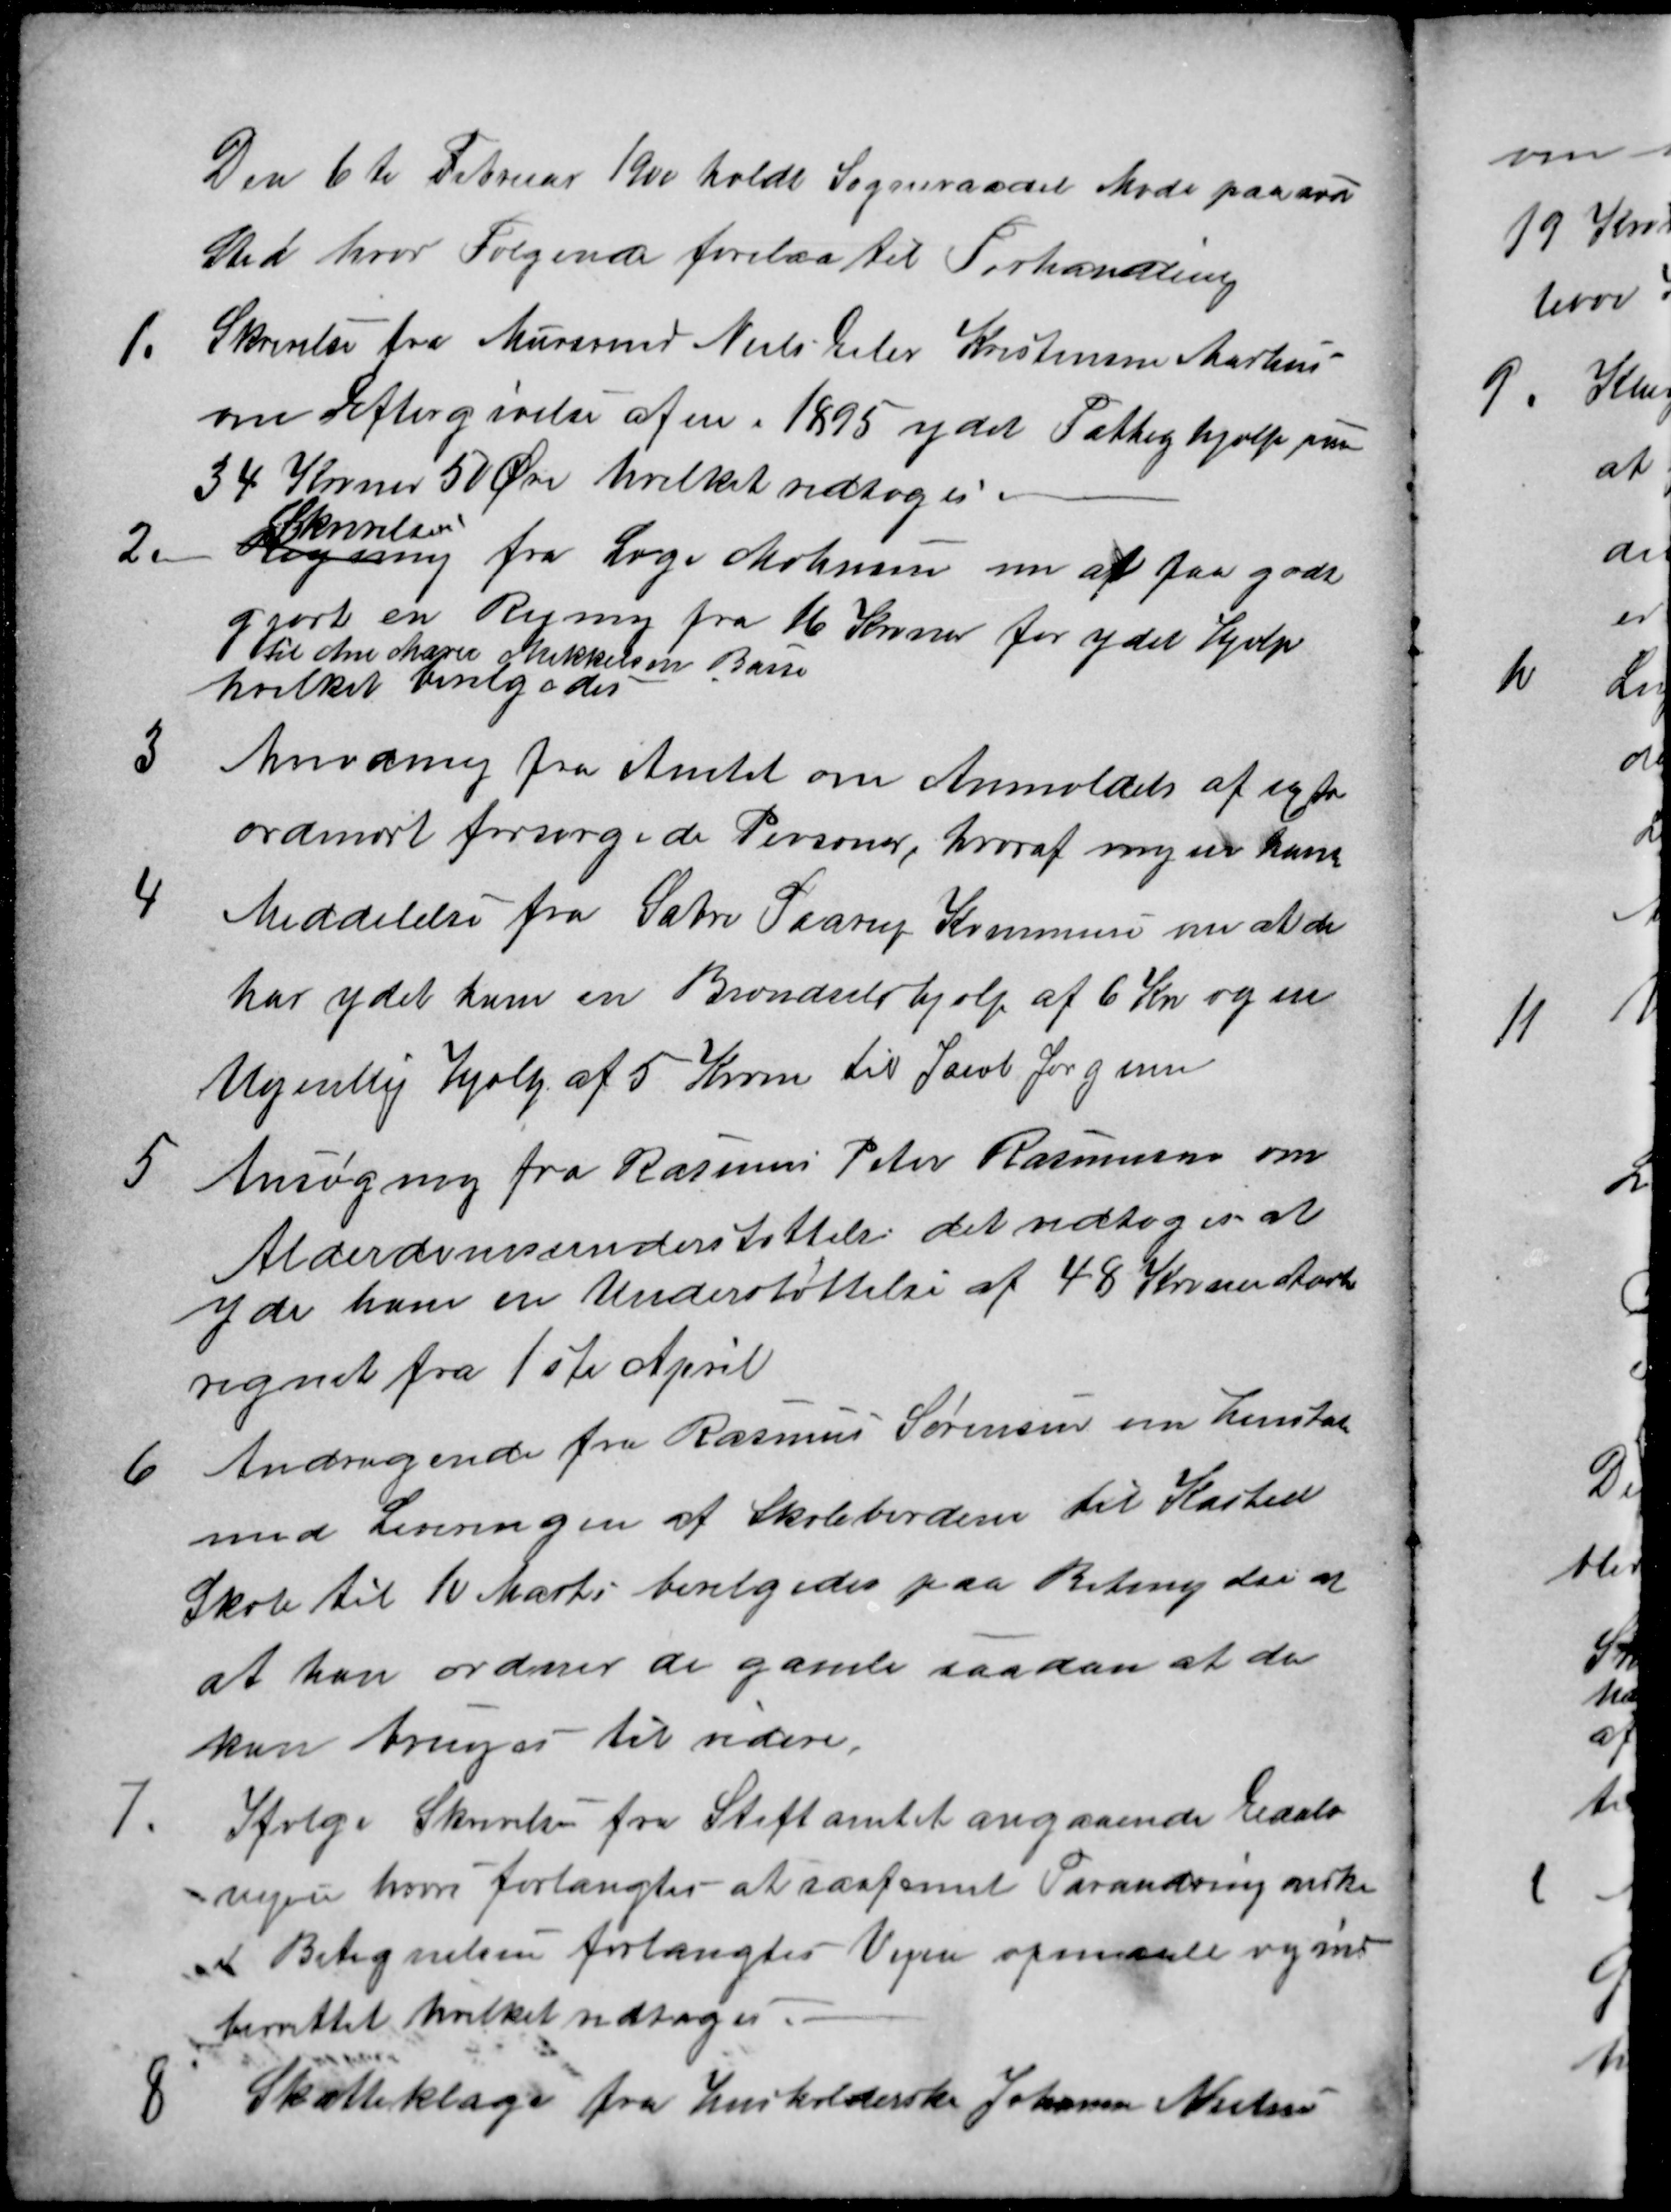
Transskription:
Den 6te Februar 1900 holdt Sogneraadet Møde paa sæd
Sted hvor Følgende forelaa til Forhandling
1. Skrivelse fra Mursvend Niels Peter Kristensen Aarhus
om Eftergivelse af en i 1895 ydet Fattighjælp paa
34 Kroner 50 Øre hvilket vedtoges.
2.
Regning
Skrivelse
fra Læge Mohnsen om at faa godt
gjort en Regning fra 16 Kroner for ydet Hjælp
til Ane Marie Mikkelsen Basse
hvilket bevilgedes
3
Anmodning fra Amtet om Anmeldelse af extra
ordinært forsørgede Personer, hvoraf ingen haves
4
Meddelelse fra Sabro Faarup Kommune om at de
har ydet ham en Brændselshjælp af 6 Kr og en
Ugentlig Hjælp af 5 Kroner til Jacob Jørgensen
5
Ansøgning fra Rasmus Peter Rasmussen om
Alderdomsunderstøttelse det vedtoges at
yde ham en Understøttelse af 48 Kroner Aarlig
regnet fra 1ste April
6
Andragende fra Rasmus Sørensen om henstand
med Leveringen af Skoleborderne til Kasted
Skole til 10 Marts bevilgedes paa Betingelse af
at han ordner de gamle saadan at de
kan bruges til videre.
7.
Ifølge Skrivelse fra Stiftamtet angaaende Eldals
vejen hvori forlangtes at saafremt Forandring ønskes
i Betegnelsen forlangtes Vejen opmaalt og ind-
berrettet hvilket vedtoges.
8
Skatteklage fra Husholderske Johanne Nielsen